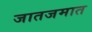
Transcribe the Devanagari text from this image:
जातजमात